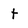
Character: t